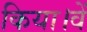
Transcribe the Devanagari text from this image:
किया।वें